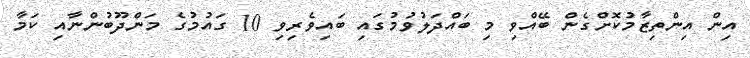
އިން އިންތިޒާމުކޮށްގެން ބޭއްވި މި ބައްދަލުވުމުގައި ބައިވެރިވި 10 ގައުމުގެ މަންދޫބުންނާއި ކަމާ